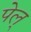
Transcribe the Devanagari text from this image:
पेल्